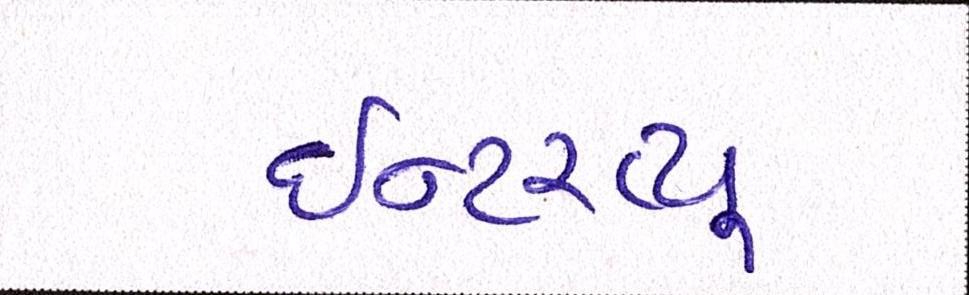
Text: ઈન્ટરવ્યૂ